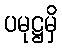
ပမုဋ္ဌမှိ